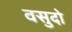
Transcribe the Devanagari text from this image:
वसुदो